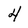
Character: 4